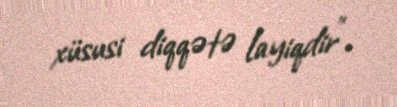
xüsusi diqqətə layiqdir".